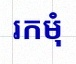
រកមុំ